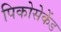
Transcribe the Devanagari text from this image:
पिकोसेकेंड